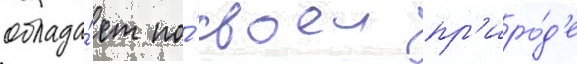
облада́ет по́ своеи пр'иро́д'е